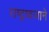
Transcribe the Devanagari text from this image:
राष्ट्रध्वजाने